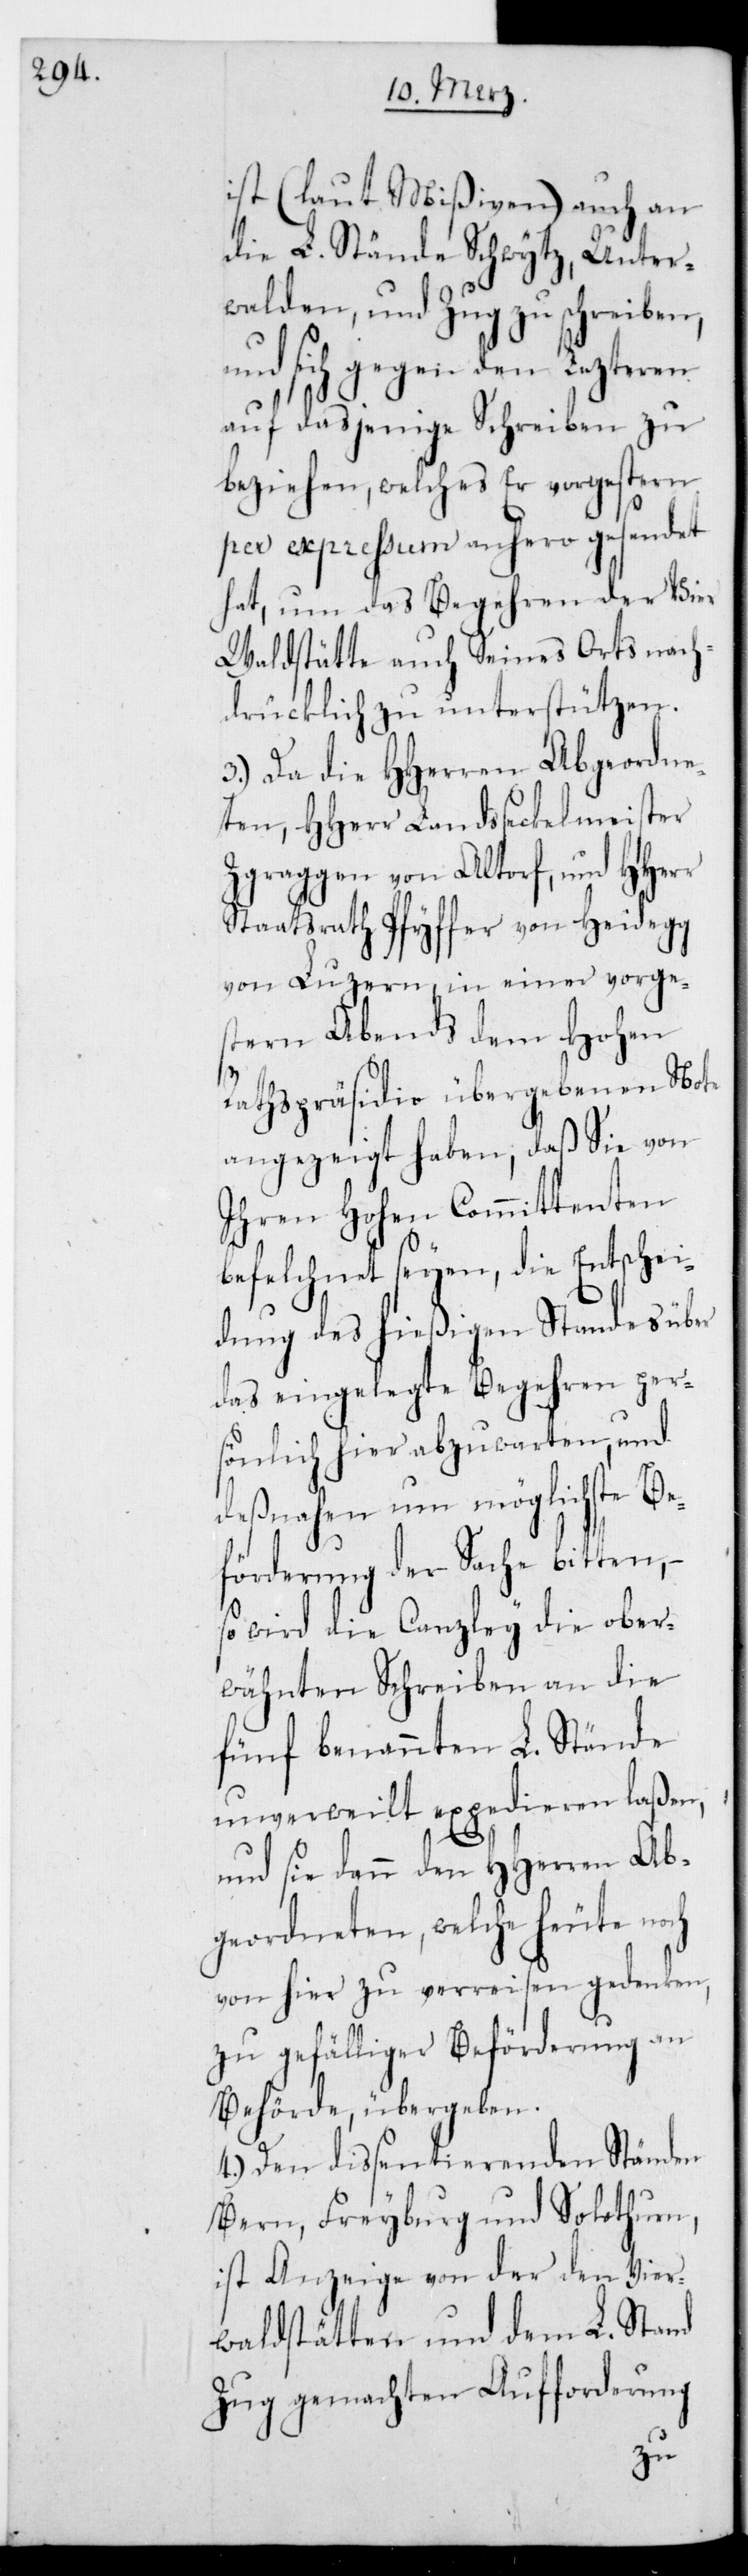
ist (laut Mißiven) auch an
die L. Stände Schwytz, Unter¬
walden und Zug zu schreiben,
und sich gegen den lezteren
auf dasjenige Schreiben zu
beziehen, welches er vorgestern
per expreßum anhero gesendet
hat, um das Begehren der Vie¬
rwaldstätte auch seines Orts nach¬
drücklich zu unterstützen.
3.) Da die HHerren Abgeordne¬
ten, HHerr Landsseckelmeister
Zgraggen von Altdorf, und HHerr
Staatsrath Pfyffer von Heidegg
von Luzern, in einer vorge¬
stern Abends dem Hohen
Rathspräsidio übergebenen Note
angezeigt haben, daß sie von
ihren Hohen Commitenten
befelchnet seyen, die Entschei¬
dung des hießigen Standes über
das eingelegte Begehren per¬
sönlich hier abzuwarten, und
desnahen um möglichste Be¬
förderung der Sache bitten,
so wird die Canzley die ober¬
wähnten Schreiben an die
fünf benannten L. Stände
unverweilt expedieren laßen,
und sie dann den HHerren Ab¬
geordneten, welche heute noch
von hier zu verreisen gedenken,
zu gefälliger Beförderung an
Behörde übergeben.
4.) Den dissentierenden Ständen
Bern, Freyburg und Solothurn
ist Anzeige von der den Vier¬
waldstätten und dem L. Stand
Zug gemachten Aufforderung